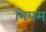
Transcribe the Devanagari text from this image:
नियम्